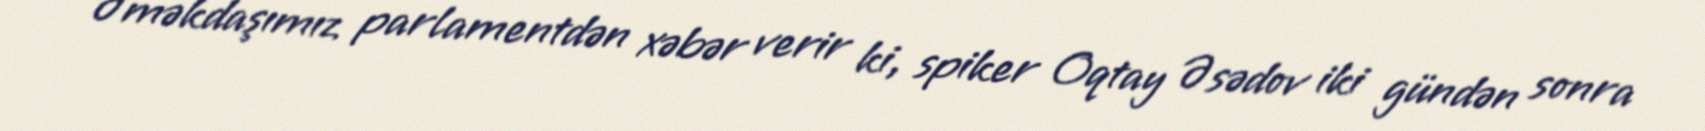
Əməkdaşımız parlamentdən xəbər verir ki, spiker Oqtay Əsədov iki gündən sonra